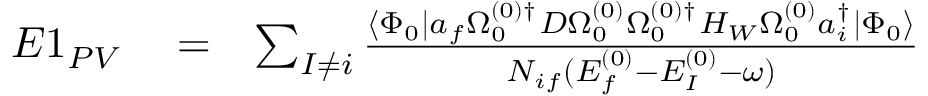
\begin{array} { r l r } { E 1 _ { P V } } & { { } = } & { \sum _ { I \ne i } \frac { \langle \Phi _ { 0 } | a _ { f } \Omega _ { 0 } ^ { ( 0 ) \dagger } D \Omega _ { 0 } ^ { ( 0 ) } \Omega _ { 0 } ^ { ( 0 ) \dagger } H _ { W } \Omega _ { 0 } ^ { ( 0 ) } a _ { i } ^ { \dagger } | \Phi _ { 0 } \rangle } { { \cal N } _ { i f } ( E _ { f } ^ { ( 0 ) } - E _ { I } ^ { ( 0 ) } - \omega ) } } \end{array}